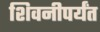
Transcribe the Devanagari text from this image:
शिवनीपर्यंत